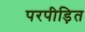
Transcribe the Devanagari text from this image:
परपीड़ित